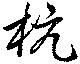
杭